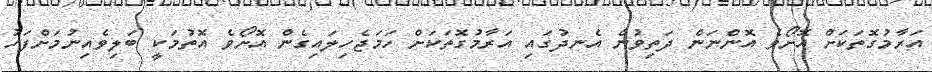
އަރާމުގޮތަކަށް އޮށޯވެ އޮންނަން ދަތިވުން އެނދުގައި އަރާމުގޮތަކަށް ހަމަޖެހިލައިގެން އޮށޯވެ އޮތުމަކީ ބަލިވެއިނުމަށްފަހު